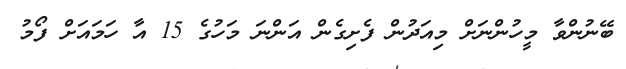
ބޭނުންވާ މީހުންނަށް މިއަދުން ފެށިގެން އަންނަ މަހުގެ 15 އާ ހަމައަށް ފޯމު